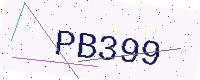
Text: PB399